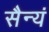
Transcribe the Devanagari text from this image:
सैन्यं